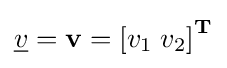
{\underline {v}}=\mathbf {v} =\left[v_{1}\;v_{2}\right]^{\mathbf {T} }